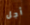
أجل